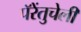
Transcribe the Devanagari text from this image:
पॅरेंतुचेली